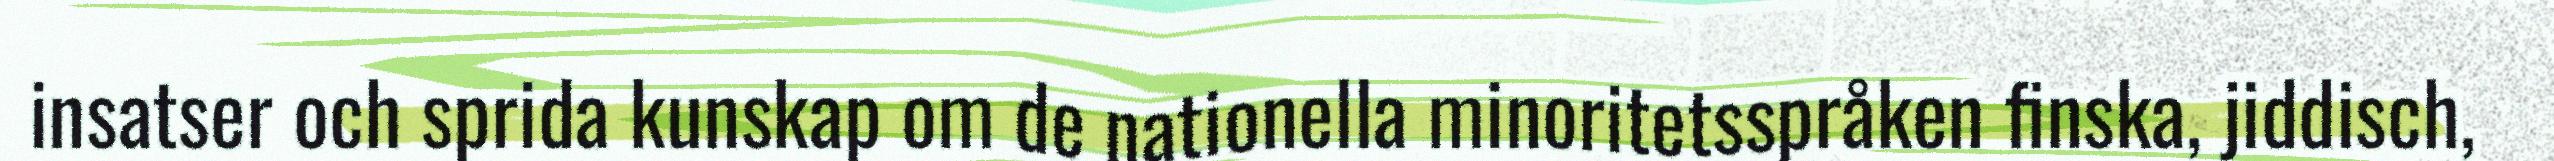
insatser och sprida kunskap om de nationella minoritetsspråken finska, jiddisch,